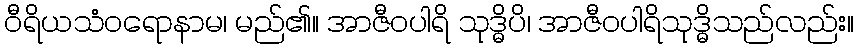
ဝီရိယသံဝရောနာမ၊ မည်၏။ အာဇီဝပါရိ သုဒ္ဓိပိ၊ အာဇီဝပါရိသုဒ္ဓိသည်လည်း။